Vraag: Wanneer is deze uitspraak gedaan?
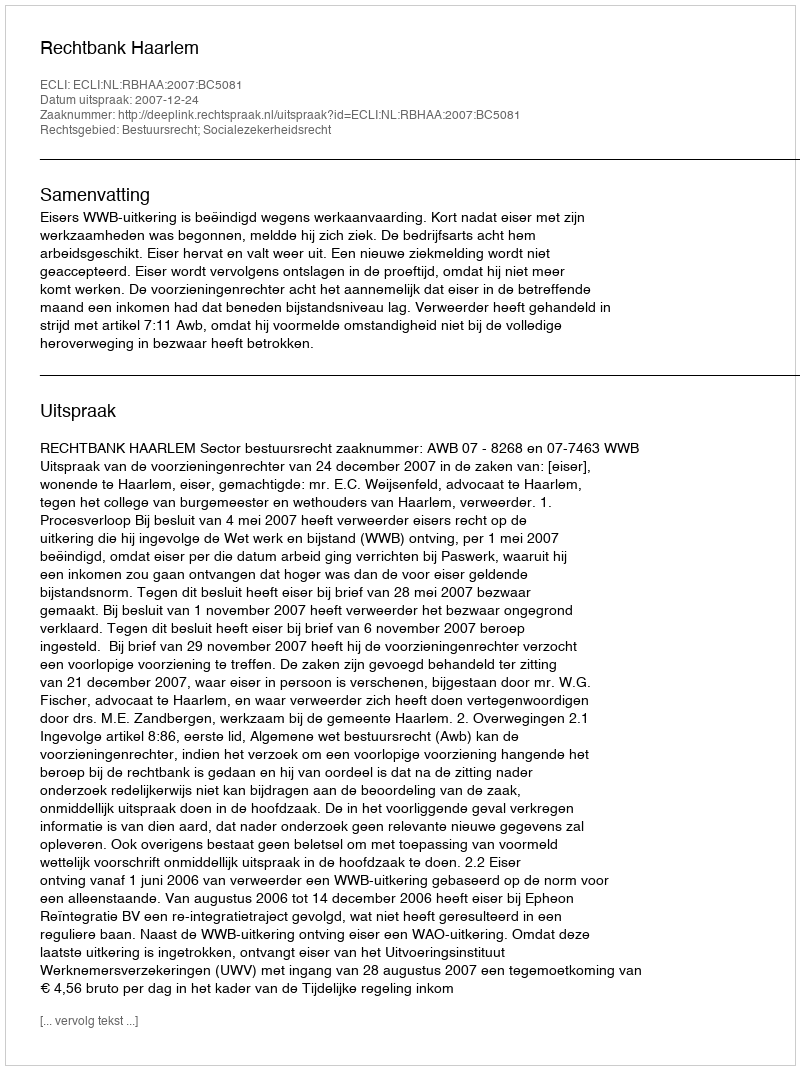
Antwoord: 2007-12-24